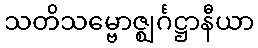
သတိသမ္ဗောဇ္ဈင်္ဂဋ္ဌာနီယာ